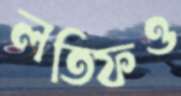
লতিফও